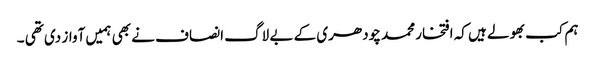
ہم کب بھولے ہیں کہ افتخار محمد چودھری کے بے لاگ انصاف نے بھی ہمیں آواز دی تھی ۔